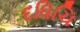
દધિચિ